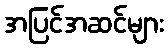
အပြင်အဆင်များ